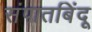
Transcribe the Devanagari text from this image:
संपातबिंदू